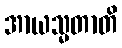
အာယသ္မတာတိ